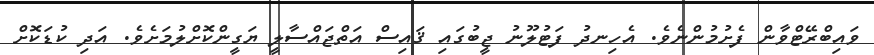
ވައިބްރޭޓްވާން ފެށުމުންނެވެ. އެހިނދު ފަޓުލޫނު ޖީބުގައި ޤައިސް އަތްޖައްސާލީ ޔަގީންކޮށްލުމަށެވެ. އަދި ކުޑަކޮށް